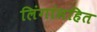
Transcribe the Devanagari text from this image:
लिंगांसहित